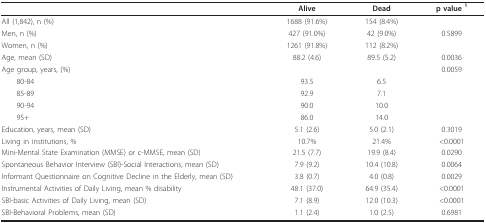
<table><thead><tr><td></td><td><b>Alive</b></td><td><b>Dead</b></td><td><b>p value <sup>1</sup></b></td></tr></thead><tbody><tr><td>All (1,842), n (%)</td><td>1688 (91.6%)</td><td>154 (8.4%)</td><td></td></tr><tr><td>Men, n (%)</td><td>427 (91.0%)</td><td>42 (9.0%)</td><td>0.5899</td></tr><tr><td>Women, n (%)</td><td>1261 (91.8%)</td><td>112 (8.2%)</td><td></td></tr><tr><td>Age, mean (SD)</td><td>88.2 (4.6)</td><td>89.5 (5.2)</td><td>0.0036</td></tr><tr><td>Age group, years, (%)</td><td></td><td></td><td>0.0059</td></tr><tr><td> 80-84</td><td>93.5</td><td>6.5</td><td></td></tr><tr><td> 85-89</td><td>92.9</td><td>7.1</td><td></td></tr><tr><td> 90-94</td><td>90.0</td><td>10.0</td><td></td></tr><tr><td> 95+</td><td>86.0</td><td>14.0</td><td></td></tr><tr><td>Education, years, mean (SD)</td><td>5.1 (2.6)</td><td>5.0 (2.1)</td><td>0.3019</td></tr><tr><td>Living in institutions, %</td><td>10.7%</td><td>21.4%</td><td>&lt;0.0001</td></tr><tr><td>Mini-Mental State Examination (MMSE) or c-MMSE, mean (SD)</td><td>21.5 (7.7)</td><td>19.9 (8.4)</td><td>0.0290</td></tr><tr><td>Spontaneous Behavior Interview (SBI)-Social Interactions, mean (SD)</td><td>7.9 (9.2)</td><td>10.4 (10.8)</td><td>0.0064</td></tr><tr><td>Informant Questionnaire on Cognitive Decline in the Elderly, mean (SD)</td><td>3.8 (0.7)</td><td>4.0 (0.8)</td><td>0.0029</td></tr><tr><td>Instrumental Activities of Daily Living, mean % disability</td><td>48.1 (37.0)</td><td>64.9 (35.4)</td><td>&lt;0.0001</td></tr><tr><td>SBI-basic Activities of Daily Living, mean (SD)</td><td>7.1 (8.9)</td><td>12.0 (10.3)</td><td>&lt;0.0001</td></tr><tr><td>SBI-Behavioral Problems, mean (SD)</td><td>1.1 (2.4)</td><td>1.0 (2.5)</td><td>0.6981</td></tr></tbody></table>